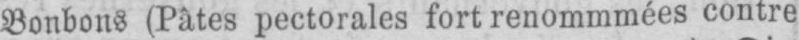
Bonbons (Pâtes pectorales fort renommées contre